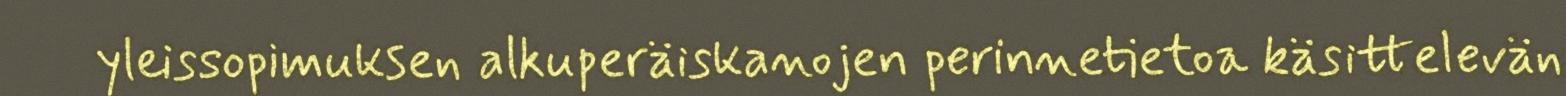
yleissopimuksen alkuperäiskanojen perinnetietoa käsittelevän